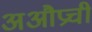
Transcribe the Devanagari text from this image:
अऔप्रची